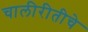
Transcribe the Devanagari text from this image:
चालीरीतीचे